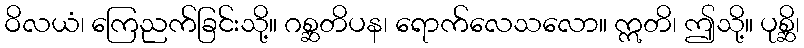
ဝိလယံ၊ ကြေညက်ခြင်းသို့။ ဂစ္ဆတိပန၊ ရောက်လေသလော။ ဣတိ၊ ဤသို့။ ပုစ္ဆိ၊